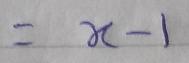
$=x - 1$